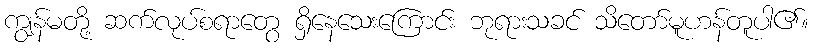
ကျွန်မတို့ ဆက်လုပ်စရာတွေ ရှိနေသေးကြောင်း ဘုရားသခင် သိတော်မူဟန်တူပါ၏။